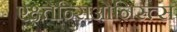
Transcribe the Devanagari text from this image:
एक्ष्तेन्सिओनिस्त्स